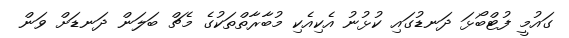
ގައުމީ ފުޓްބޯޅަ ދަނޑުގައި ކުޅުނު އެކިއެކި މުބާރާތްތަކުގެ މެޗް ބަލަން ދަނޑަށް ވަން